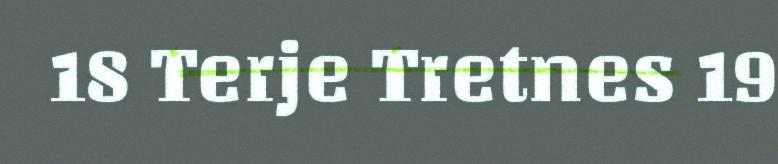
18 Terje Tretnes 19